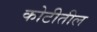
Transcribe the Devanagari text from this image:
कोटीतील